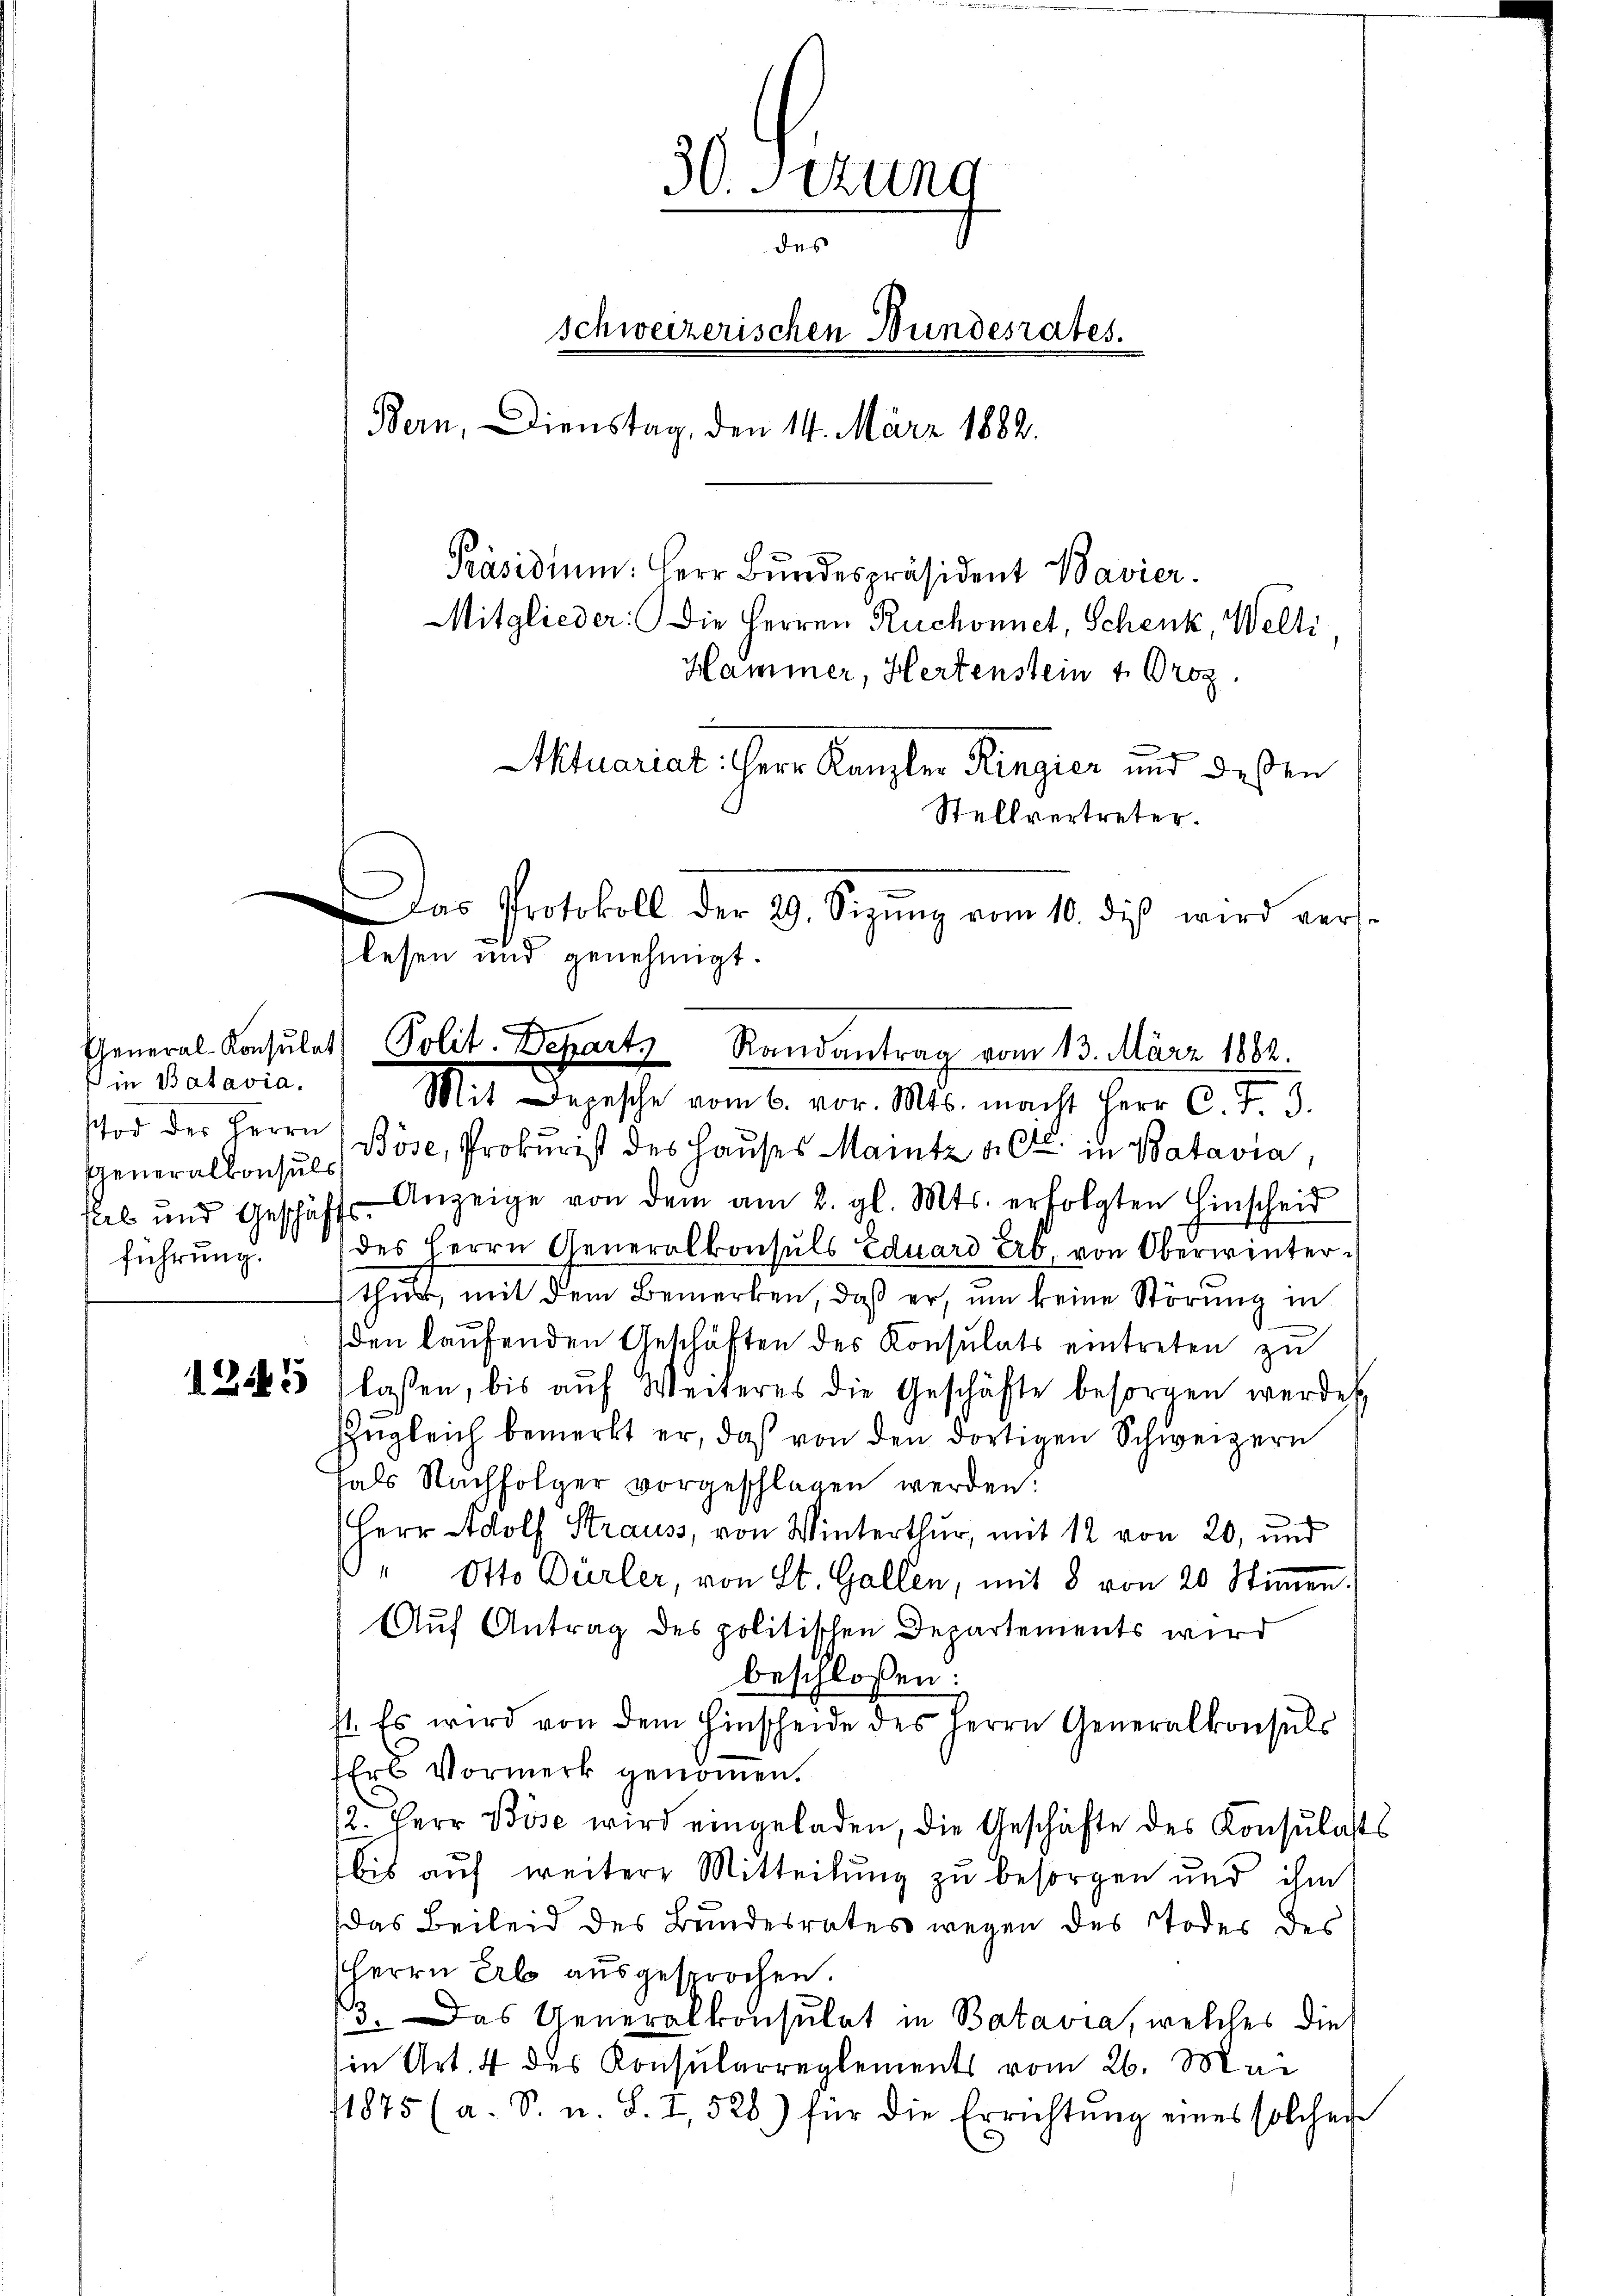
in Batavia.
stod der Herrn
Generalkonsuls
führung.

30. Setzung
des
schweizerischen Bundesrates.
Bern, Dienstag, den 14. März 1882.

Präsidium. Herr Bundespräsident Bavier.
Mitglieder: Die Herren Ruchonnet, Schenk, Welti,
Hammer, Hertenstein 4 Proz.
Mit Depesche vom 6. vor. Mts. macht Herr C. F. 3.
n
Böse, Prokurist des Hauses Maintz a. c. in Batavia,
eel und Geschäfts-Anzeige von dem am 2. gl. Mts. erfolgten Hinscheid
(des Herrn Generalkonsuls Eduard Erb. von Oberwinterthur, mit dem Bemerken, daß er, um keine Störung in
den laufenden Geschäften des Konsulats eintreten zu
1243 flassen, bis aŭf Weiteres die Geschäfte besorgen werden.
Zŭgleich bemerkt er, daß von den dortigen Schweizern
hals Nachfolger vorgeschlagen werden:
Herr Adolf Strauss, von Winterthur, mit 12 von 20, und
" Otto Dürler, von St. Gallen, mit 8 von 20 Stimmen.
Auf Antrag des politischen Departements wird
beschloßen:
st. Es wird von dem Hinscheide des Herrn Generalkonsuls
Ers Vormerk genoṁen.
12. Herr Böse wird eingeladen, die Geschäfte des Konsulats
bis auf weitere Mitteilung zu besorgen und ihm
das Beileid des Bundesrates wegen des Todes des
Herrn Erb ausgesprochen.
/3. Das Generalkonsulat in Batavia, welches dies
in Art. 4 des Konsularreglements vom 26. Mai
1875 (a. S. u. S. I, 520) für die Errichtŭng eines solcher

Aktuariat Herr Kanzler Ringier und deßen
Stellvertreter.
das Protokoll der 29. Sizŭng vom 10. diβ wird vers-
lesen und genehmigt.
Teneral-Konsulat Polit. Departs Randantrag vom 13. März 1862